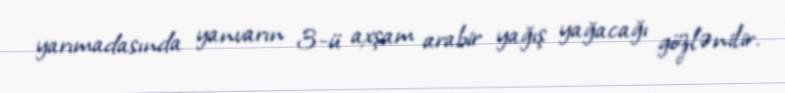
yarımadasında yanvarın 3-ü axşam arabir yağış yağacağı gözlənilir.